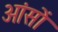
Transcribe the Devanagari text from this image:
आंसों